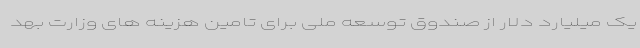
یک میلیارد دلار از صندوق توسعه ملی برای تامین هزینه های وزارت بهد